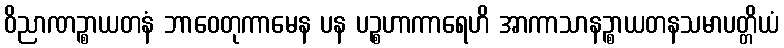
ဝိညာဏဉ္စာယတနံ ဘာဝေတုကာမေန ပန ပဉ္စဟာကာရေဟိ အာကာသာနဉ္စာယတနသမာပတ္တိယံ